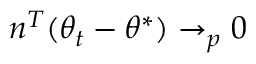
n ^ { T } ( \theta _ { t } - \theta ^ { * } ) \to _ { p } 0